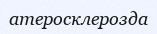
атеросклерозда